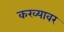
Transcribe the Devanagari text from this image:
करव्यावर